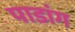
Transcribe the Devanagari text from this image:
पाडांग